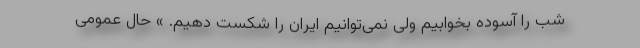
شب را آسوده بخوابیم ولی نمی‌توانیم ایران را شکست دهیم. » حال عمومی